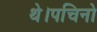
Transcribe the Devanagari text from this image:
थे।पचिनो